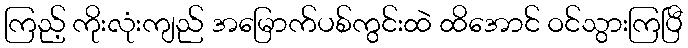
ကြည့် ကိုးလုံးကျည် အမြောက်ပစ်ကွင်းထဲ ထိအောင် ဝင်သွားကြပြီ